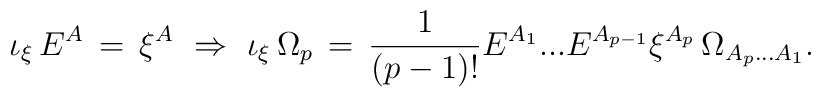
\iota_\xi\,E^A\,=\,\xi^A \ \Rightarrow\ \iota_\xi\, \Omega_p\,=\,  \frac{1}{(p-1)!} E^{A_1}...E^{A_{p-1}}\xi^{A_p}  \,\Omega_{A_{p}...A_{1}}.